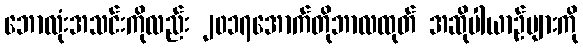
ဘောလုံးအသင်းကိုလည်း ၂၀၁၇အောက်တိုဘာလထုတ် အဆိုပါယာဉ်များကို